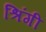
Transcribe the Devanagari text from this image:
श्रिंगी